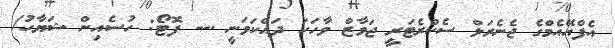
އެފްއޭއެމްގެ ޖެނެރަލް ސެކްރެޓަރީ ޖަވާޒް ވާހަކަ ދައްކަވަނީ .-- ފޮޓޯ: ހުސެއިން ޝަޔާހު/